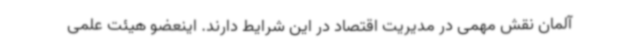
آلمان نقش مهمی در مدیریت اقتصاد در این شرایط دارند. اینعضو هیئت علمی